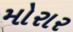
મોરાર